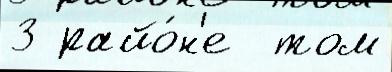
3 райо́н'е  том